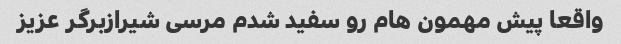
واقعا پیش مهمون هام رو سفید شدم مرسی شیرازبرگر عزیز